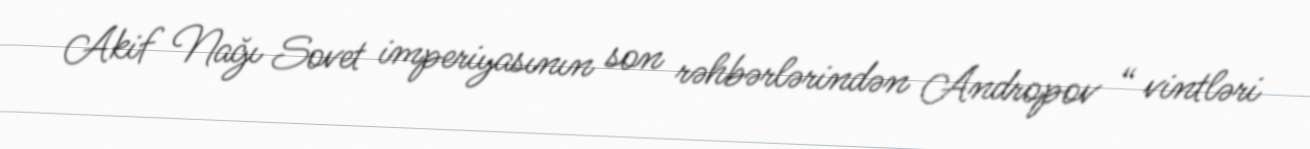
Akif Nağı Sovet imperiyasının son rəhbərlərindən Andropov “ vintləri